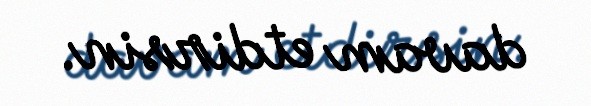
davam etdirsin.